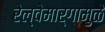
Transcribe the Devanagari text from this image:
रेल्वेमार्गामुळे